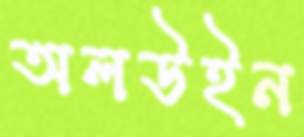
অলউইন